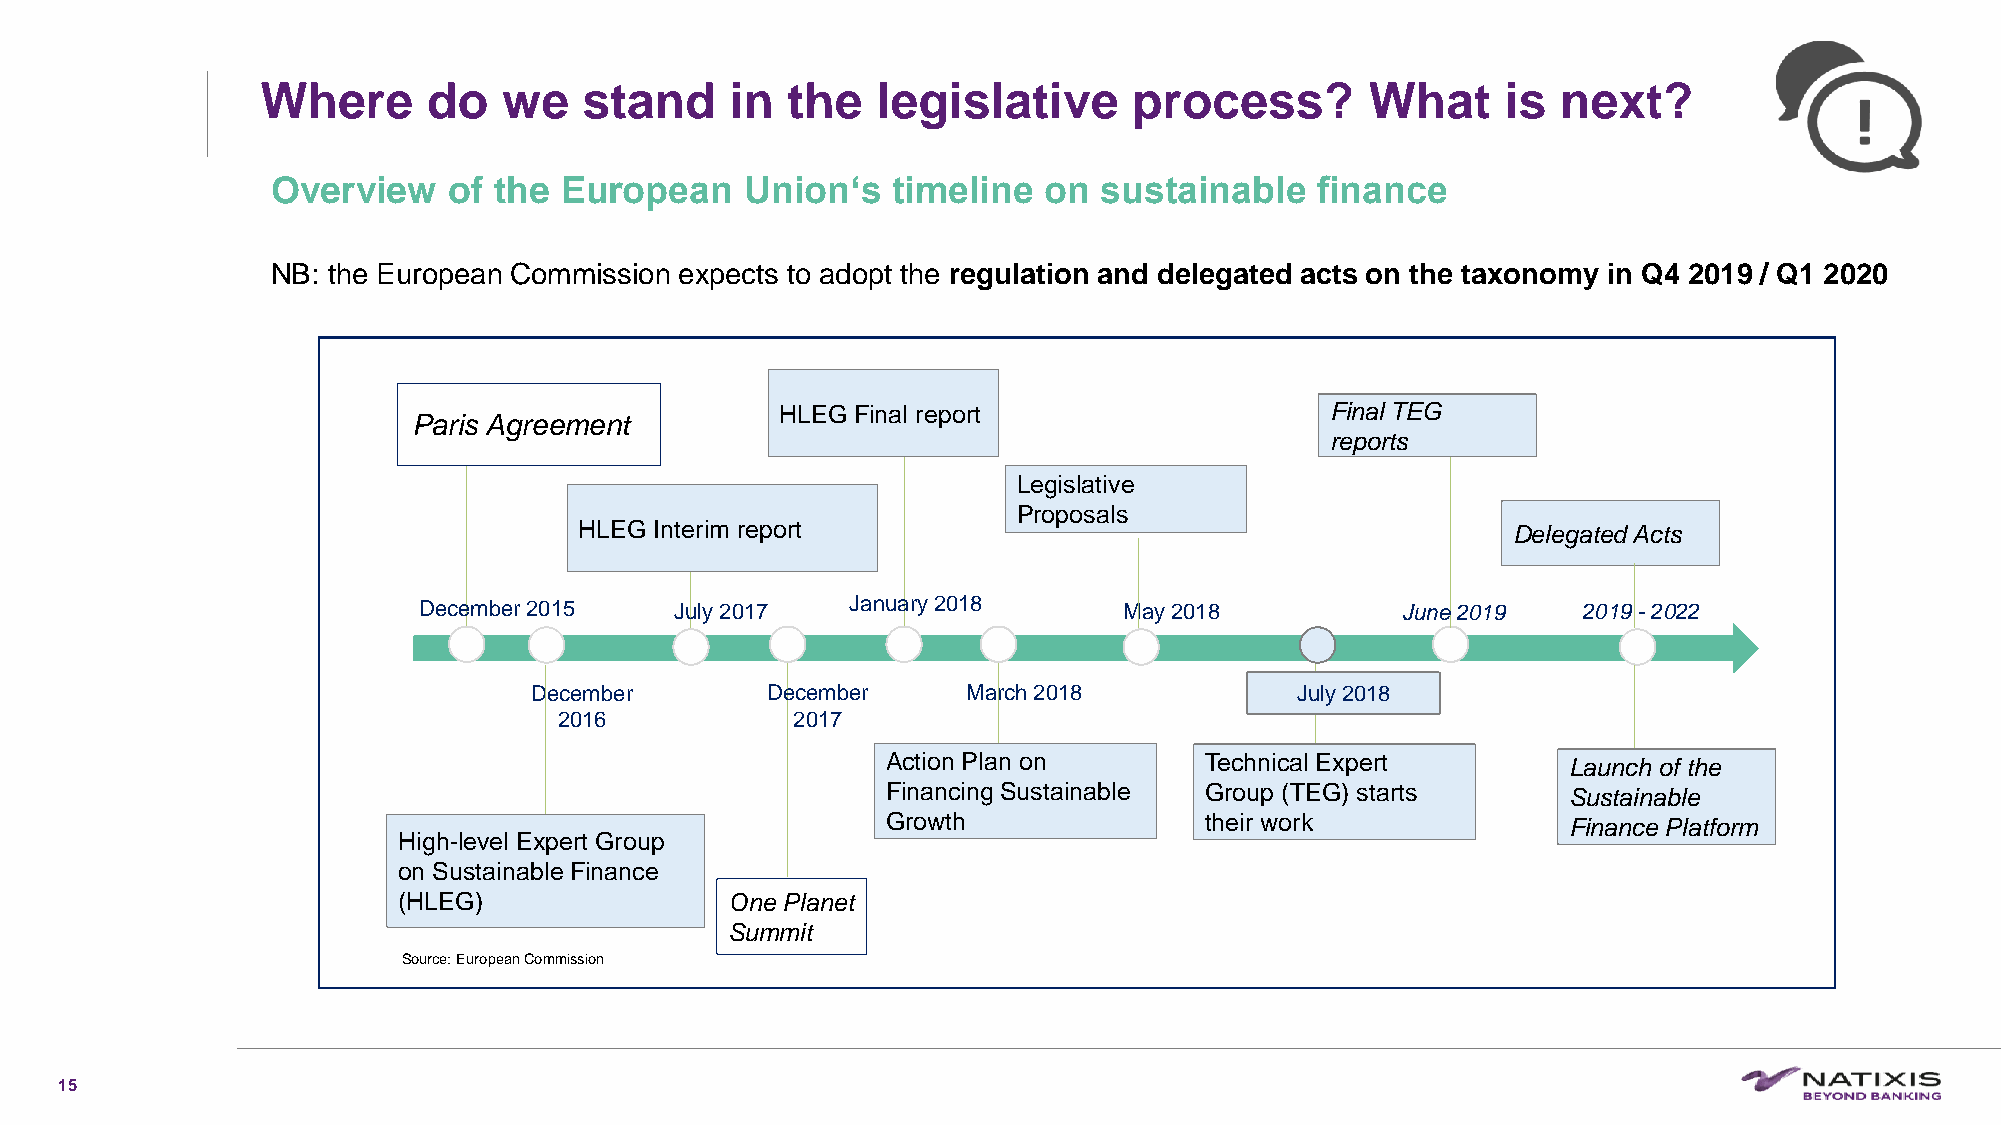
Where      do   we    stand    in  the   legislative      process?        What     is next?
 Overview    of the European    Union‘s   timeline  on  sustainable   finance
 NB: the European Commission expects to adopt the regulation and delegated acts on the taxonomy in Q4 2019 / Q1 2020
 HLEG Final report                   Final TEG
 Paris Agreement
 reports
 Legislative
 Proposals
 HLEG Interim report                                           Delegated Acts
 December 2015    July 2017  January 2018      May 2018           June 2019   2019 -2022
 December        December     March 2018            July 2018
 2016            2017
 Action Plan on       Technical Expert        Launch of the
 Financing Sustainable Group (TEG) starts     Sustainable
 Growth               their work              Finance Platform
 High-level Expert Group
 on Sustainable Finance
 (HLEG)                One Planet
 Summit
 Source: European Commission
 15
 C1-PublicNat